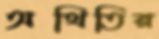
অথিতির